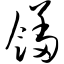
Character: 馐